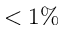
< 1 \%